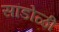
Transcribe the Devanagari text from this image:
सांडोळी